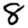
Digit: 8